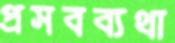
প্রসবব্যথা